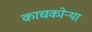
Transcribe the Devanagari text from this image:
काचकोऱ्या